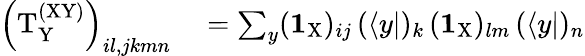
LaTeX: \begin{array}{rl}{\left(\mathrm{T}_{\mathrm{Y}}^{\mathrm{(XY)}}\right)_{il,jkmn}}&{{}=\sum_{y}(\textbf{1}_{\mathrm{X}})_{ij}\, (\langle y|)_{k}\, (\textbf{1}_{\mathrm{X}})_{lm}\, (\langle y|)_{n}}\end{array}